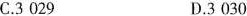
C.3 029 D.3 030